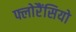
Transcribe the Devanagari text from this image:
फ्लोरैंसियो